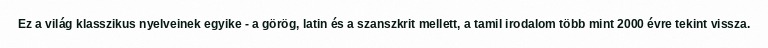
Ez a világ klasszikus nyelveinek egyike - a görög, latin és a szanszkrit mellett, a tamil irodalom több mint 2000 évre tekint vissza.